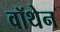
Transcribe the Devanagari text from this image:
वॉथेन